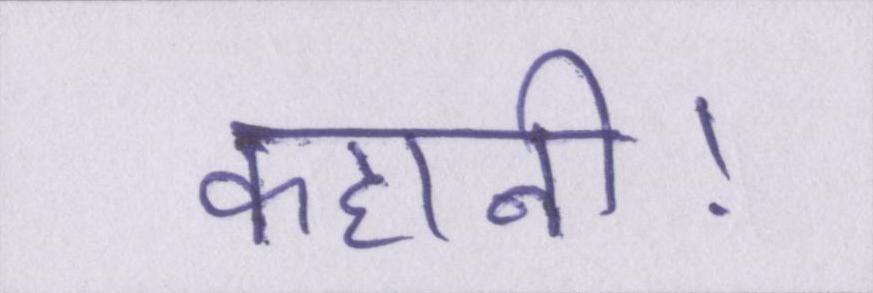
कहानी।